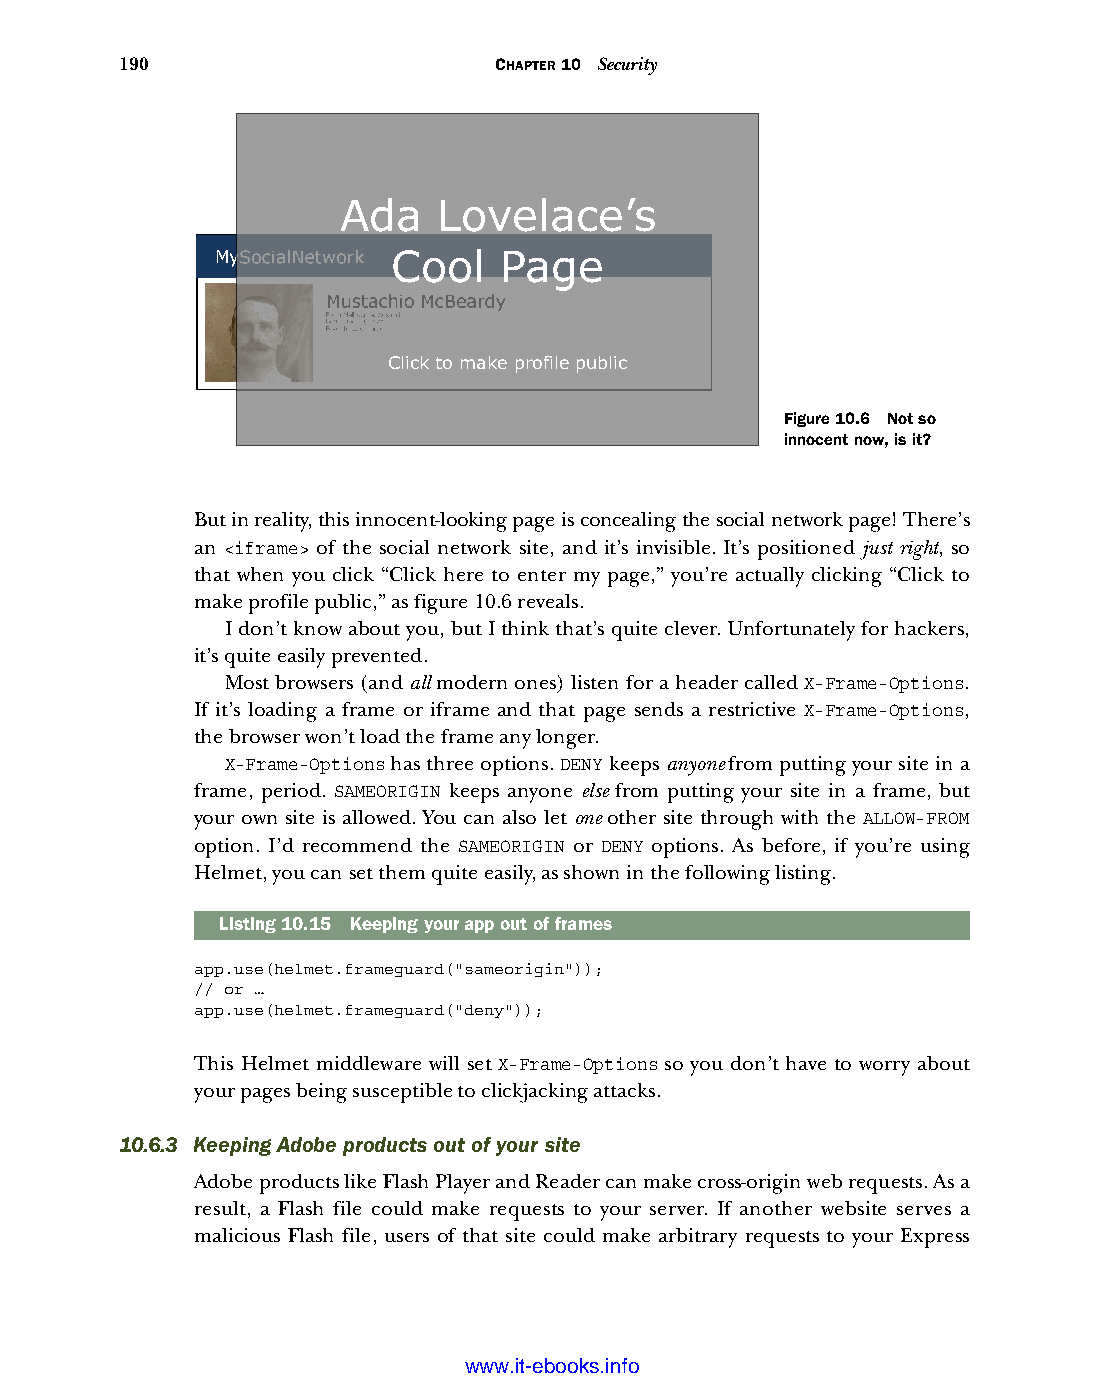
190                      CHAPTER 10 Security
 Ada    Lovelace’s
 MySocialNetwork Cool Page
 MustachioMcBeardy
 From Melbourne, Australia
 Born June 10, 1925
 Favorite color: green
 Click here to enter my page
 Click to make profile public
 Figure 10.6 Not so
 innocent now, is it?
 But in reality, this innocent-looking page is concealing the social network page! There’s
 an <iframe> of the social network site, and it’s invisible. It’s positioned just right, so
 that when you click “Click here to enter my page,” you’re actually clicking “Click to
 make profile public,” as figure 10.6 reveals.
 I don’t know about you, but I think that’s quite clever. Unfortunately for hackers,
 it’s quite easily prevented.
 Most browsers (and all modern ones) listen for a header called X-Frame-Options.
 If it’s loading a frame or iframe and that page sends a restrictive X-Frame-Options,
 the browser won’t load the frame any longer.
 X-Frame-Options has three options. DENY keeps anyone from putting your site in a
 frame, period. SAMEORIGIN keeps anyone else from putting your site in a frame, but
 your own site is allowed. You can also let one other site through with the ALLOW-FROM
 option. I’d recommend the SAMEORIGIN or DENY options. As before, if you’re using
 Helmet, you can set them quite easily, as shown in the following listing.
 Listing10.15 Keeping your app out of frames
 app.use(helmet.frameguard("sameorigin"));
 // or …
 app.use(helmet.frameguard("deny"));
 This Helmet middleware will set X-Frame-Options so you don’t have to worry about
 your pages being susceptible to clickjacking attacks.
 10.6.3 Keeping Adobe products out of your site
 Adobe products like Flash Player and Reader can make cross-origin web requests. As a
 result, a Flash file could make requests to your server. If another website serves a
 malicious Flash file, users of that site could make arbitrary requests to your Express
 Licensed wtow w <.mit-ielebro.8o8k8s@.ingfomail.com>